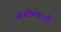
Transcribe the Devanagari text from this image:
ओशोमताशी